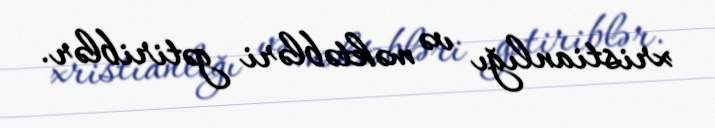
xristianlığı və məktəbləri gətiriblər.